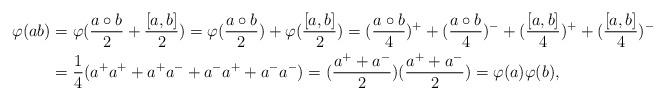
LaTeX: \begin{align*}\varphi(ab) & =\varphi(\frac{a\circ b}{2}+\frac{[a,b]}{2})=\varphi(\frac{a\circ b}{2})+\varphi(\frac{[a,b]}{2})=(\frac{a\circ b}{4})^{+}+(\frac{a\circ b}{4})^{-}+(\frac{[a,b]}{4})^{+}+(\frac{[a,b]}{4})^{-}\\ & =\frac{1}{4}(a^{+}a^{+}+a^{+}a^{-}+a^{-}a^{+}+a^{-}a^{-})=(\frac{a^{+}+a^{-}}{2})(\frac{a^{+}+a^{-}}{2})=\varphi(a)\varphi(b),\end{align*}